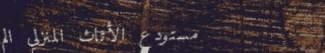
مستودع الأثاث المنزلي الم